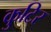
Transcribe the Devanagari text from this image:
कुटिर